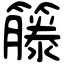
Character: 籐